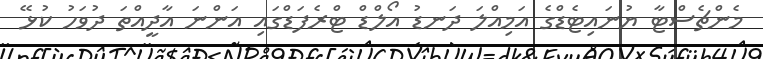
މެންޗެސްޓާ ޔުނައިޓެޑްގެ އަމިއްލަ ދަނޑު އޯލްޑް ޓްރެފަޑްގައި އަންނަ އާދީއްތަ ދުވަހު ކުޅޭ